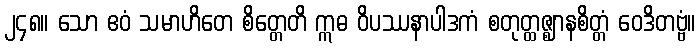
၂၄၈။ သော ဧဝံ သမာဟိတေ စိတ္တေတိ ဣဓ ဝိပဿနာပါဒကံ စတုတ္ထဇ္ဈာနစိတ္တံ ဝေဒိတဗ္ဗံ။